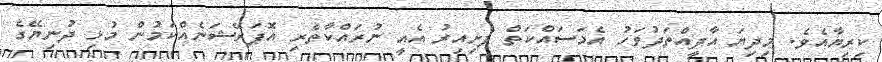
ކިރިޔާއެވެ. މިދިޔަ އާދީއްތަދުވަހު އެމަސައްކަތް ފެށިއިރު އެއީ ނުރައްކާތެރި އޮޕަރޭޝަނެއްކަމުން މުޅި ދުނިޔޭގެ